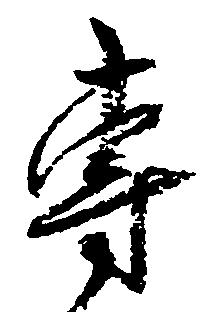
専